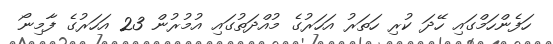
ހަފެންހަމްގައި ހޭދަ ކުރި ހަތަރު އަހަރުގެ މުއްދަތުގައި އުމުރުން 23 އަހަރުގެ ފާމިނޯ